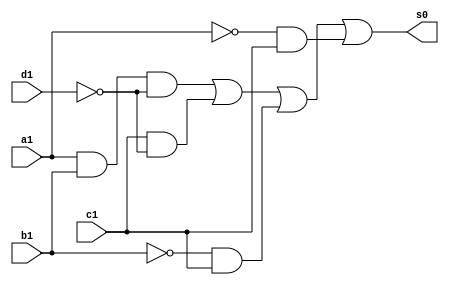
// ----------------------------------------------------------------------------------------------------------
// Guia 08_01 - Funo simplificada pelo mtodo de Quine-McCluskey
// Nome: Ndia de Souza Maciel Vieira Ferreira  
// ----------------------------------------------------------------------------------------------------------

//1) FAZER um circuito lgico para a funo abaixo,aps simplific-la pelo mtodo de Quine-McCluskey:

//     f ( a, b, c, d ) = SoP ( m( 2, 3, 6, 7, 10, 11, 12, 14 ) )

 
// ---------------------------------------------------------------------------------------------------

module funcao (s0, a1, b1, c1, d1);

output s0;
input a1, b1, c1, d1;
wire saida1, saida2, saida3, saida4, saida5, saida6, saida7;

not NOT1(saida1, d1);
and AND1(saida2, a1, b1, saida1);
and AND2(saida3, c1, saida1);
not NOT2(saida4, b1);
and AND3(saida5, saida4, c1);
not NOT3(saida6, a1);
and AND4(saida7, saida6, c1);
or OR1(s0, saida2, saida3, saida5, saida7);


endmodule

// ---------------------------------------------------------------------------------------------

module teste;

reg a, b, c, d;
wire s0;

funcao F1(s0, a, b, c, d);
initial begin: start

a=0;b=0;c=0;d=0;
end


initial begin: main
	$display("Guia 08 - Ndia de Souza Maciel Vieira Ferreira - Matricula: 414511");
	$display("Funcao S = abd' + cd' + b'c + a'c");
	$monitor("%b %b %b %b = %b", a, b, c, d, s0);
		
	#1 a = 0; b = 0; c = 0; d = 1;
	#1 a = 0; b = 0; c = 1; d = 0;
	#1 a = 0; b = 0; c = 1; d = 1;
	#1 a = 0; b = 1; c = 0; d = 0;
	#1 a = 0; b = 1; c = 0; d = 1;
	#1 a = 0; b = 1; c = 1; d = 0;
	#1 a = 0; b = 1; c = 1; d = 1;
	#1 a = 1; b = 0; c = 0; d = 0;
	#1 a = 1; b = 0; c = 0; d = 1;
	#1 a = 1; b = 0; c = 1; d = 0;
	#1 a = 1; b = 0; c = 1; d = 1;
	#1 a = 1; b = 1; c = 0; d = 0;
	#1 a = 1; b = 1; c = 0; d = 1;
	#1 a = 1; b = 1; c = 1; d = 0;
	#1 a = 1; b = 1; c = 1; d = 1;
	
end

endmodule

/* Resultado obtido
  
    
    Guia 08 - Ndia de Souza Maciel Vieira Ferreira - Matricula: 414511
    Funcao S = abd' + cd' + b'c + a'c
    0 0 0 0 = 0
    0 0 0 1 = 0
    0 0 1 0 = 1
    0 0 1 1 = 1
    0 1 0 0 = 0
    0 1 0 1 = 0
    0 1 1 0 = 1
    0 1 1 1 = 1
    1 0 0 0 = 0
    1 0 0 1 = 0
    1 0 1 0 = 1
    1 0 1 1 = 1
    1 1 0 0 = 1
    1 1 0 1 = 0
    1 1 1 0 = 1
    1 1 1 1 = 0
    
     ----jGRASP: operation complete.

*/